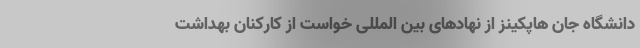
دانشگاه جان هاپکینز از نهادهای بین المللی خواست از کارکنان بهداشت